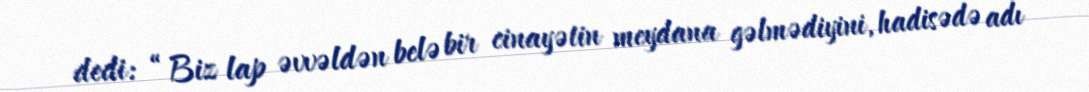
dedi: “Biz lap əvvəldən belə bir cinayətin meydana gəlmədiyini, hadisədə adı